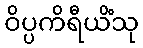
ဝိပ္ပကိရီယိံသု